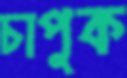
চাপুক